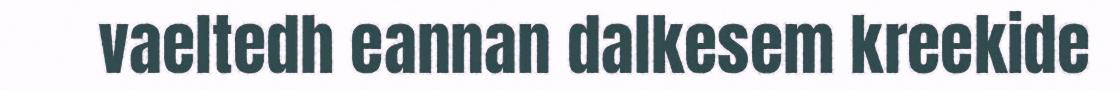
vaeltedh eannan dalkesem kreekide